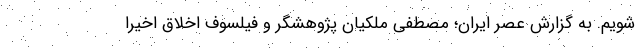
شویم. به گزارش عصر ایران؛ مصطفی ملکیان پژوهشگر و فیلسوف اخلاق اخیراً